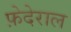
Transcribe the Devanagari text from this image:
फ़ेदेराल